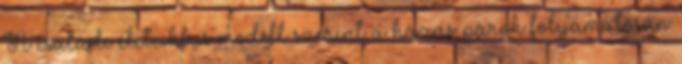
A családi életciklus modell szerint a házas párok folyamatosan